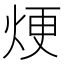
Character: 𪸫